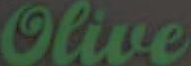
Olive